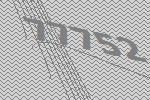
77752